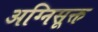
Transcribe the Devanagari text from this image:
अग्निसूक्त